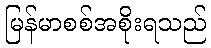
မြန်မာစစ်အစိုးရသည်